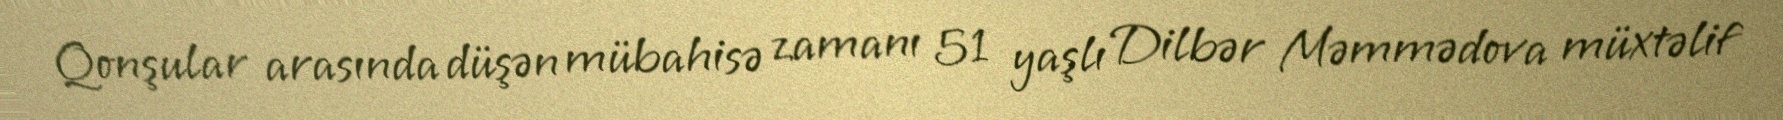
Qonşular arasında düşən mübahisə zamanı 51 yaşlı Dilbər Məmmədova müxtəlif